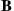
B